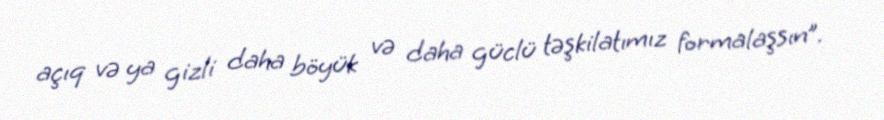
açıq və ya gizli daha böyük və daha güclü təşkilatımız formalaşsın”.